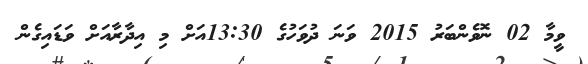
ވީމާ 02 ނޮވެންބަރު 2015 ވަނަ ދުވަހުގެ 13:30އަށް މި އިދާރާއަށް ވަޑައިގެން